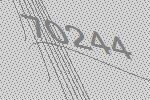
70244